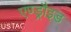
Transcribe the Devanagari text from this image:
एण्ड्रौइड